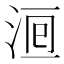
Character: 𣵨